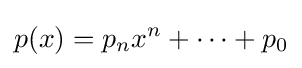
p(x)=p_{n}x^{n}+\dots +p_{0}